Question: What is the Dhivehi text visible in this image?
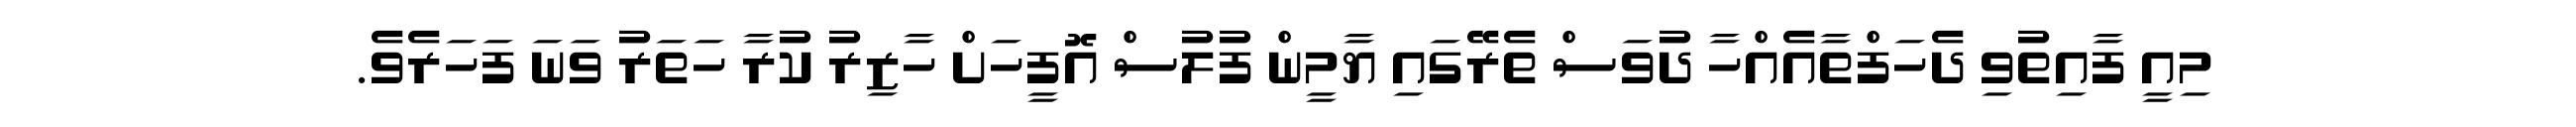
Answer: މިއީ ފާއިތުވި ދެހަފްތާއެއްހާ ދުވަސް ތެރޭގައި ޔާމީން ފުލުސް އޮފީހަށް ހާޒިރު ކުރާ ހަތަރު ވަނަ ފަހަރެވެ.